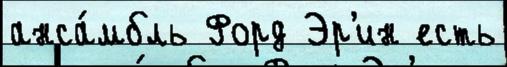
анса́мбль Форд Эр'ин есть